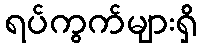
ရပ်ကွက်များရှိ